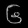
Digit: ၆